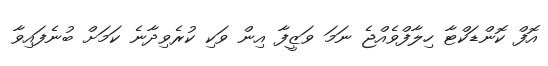
އޮފް ކޮންޑަކްޓާ ހިލާފްވެއްޖެ ނަމަ ވަޒީފާ އިން ވަކި ކުރެވިދާނެ ކަމަށް ބުނެފައިވާ